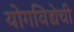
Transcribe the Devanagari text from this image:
योगविद्येची